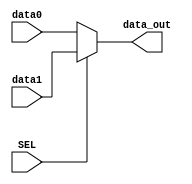
// MUX 2 to 1
module MUX2X32 (
    input  [31:0] data0,   // input data 1
    input  [31:0] data1,   // input data 2
    input         SEL,     // Select
    output [31:0] data_out // data selected
);

    assign data_out = SEL ? data1 : data0;

endmodule

// MUX 2 to 1
module MUX2X5 (
    input  [4:0] data0,   // input data 1
    input  [4:0] data1,   // input data 2
    input         SEL,     // Select
    output [4:0] data_out // data selected
);

    assign data_out = SEL ? data1 : data0;

endmodule



// MUX 8 to 1
module MUX8X32 (
    input  [31:0] data0,   // input data 1
    input  [31:0] data1,   // input data 2
    input  [31:0] data2,   // input data 3
    input  [31:0] data3,   // input data 4
    input  [31:0] data4,   // input data 5
    input  [31:0] data5,   // input data 6
    input  [31:0] data6,   // input data 7
    input  [31:0] data7,   // input data 8
    input  [2:0]  SEL,     // Select
    output [31:0] data_out // data selected
);

    reg [31:0] resp;

    always @(*) begin
        case (SEL)
            3'b000: resp = data0;
            3'b001: resp = data1;
            3'b010: resp = data2;
            3'b011: resp = data3;
            3'b100: resp = data4;
            3'b101: resp = data5;
            3'b110: resp = data6;
            3'b111: resp = data7;
            default: /* resp = 32'b0 */;
        endcase
    end

endmodule



// MUX 16 to 1
module MUX16X32 (
    input  [31:0] data0,   // input data 1
    input  [31:0] data1,   // input data 2
    input  [31:0] data2,   // input data 3
    input  [31:0] data3,   // input data 4
    input  [31:0] data4,   // input data 5
    input  [31:0] data5,   // input data 6
    input  [31:0] data6,   // input data 7
    input  [31:0] data7,   // input data 8
    input  [31:0] data8,   // input data 9
    input  [31:0] data9,   // input data 10
    input  [31:0] data10,  // input data 11
    input  [31:0] data11,  // input data 12
    input  [31:0] data12,  // input data 13
    input  [31:0] data13,  // input data 14
    input  [31:0] data14,  // input data 15
    input  [31:0] data15,  // input data 16
    input  [3:0]  SEL,     // Select
    output [31:0] data_out // data selected
);

    reg [31:0] resp;

    always @(*) begin
        case (SEL)
            4'b0000: resp = data0;
            4'b0001: resp = data1;
            4'b0010: resp = data2;
            4'b0011: resp = data3;
            4'b0100: resp = data4;
            4'b0101: resp = data5;
            4'b0110: resp = data6;
            4'b0111: resp = data7;
            4'b1000: resp = data8;
            4'b1001: resp = data9;
            4'b1010: resp = data10;
            4'b1011: resp = data11;
            4'b1100: resp = data12;
            4'b1101: resp = data13;
            4'b1110: resp = data14;
            4'b1111: resp = data15;
            default: /* resp = 32'b0 */;
        endcase
    end

endmodule